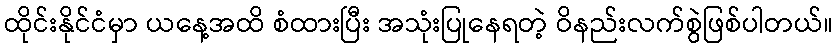
ထိုင်းနိုင်ငံမှာ ယနေ့အထိ စံထားပြီး အသုံးပြုနေရတဲ့ ဝိနည်းလက်စွဲဖြစ်ပါတယ်။